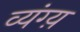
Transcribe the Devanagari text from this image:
व्यंग्य़